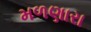
મળણારા